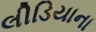
લીડિયાના